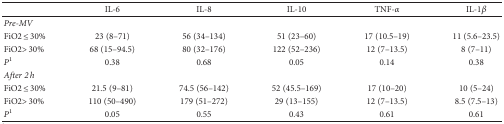
|  | IL-6 | IL-8 | IL-10 | TNF-α | IL-1β |
 | --- | --- | --- | --- | --- | --- |
 | Pre-MV |  |  |  |  |  |
 | FiO2 ≤ 30% | 23 (8–71) | 56 (34–134) | 51 (23–60) | 17 (10.5–19) | 11 (5.6–23.5) |
 | FiO2> 30% | 68 (15–94.5) | 80 (32–176) | 122 (52–236) | 12 (7–13.5) | 8 (7–11) |
 | P1 | 0.38 | 0.68 | 0.05 | 0.14 | 0.38 |
 | After 2 h |  |  |  |  |  |
 | FiO2 ≤ 30% | 21.5 (9–81) | 74.5 (56–142) | 52 (45.5–169) | 17 (10–20) | 10 (5–24) |
 | FiO2> 30% | 110 (50–490) | 179 (51–272) | 29 (13–155) | 12 (7–13.5) | 8.5 (7.5–13) |
 | P1 | 0.05 | 0.55 | 0.43 | 0.61 | 0.61 |